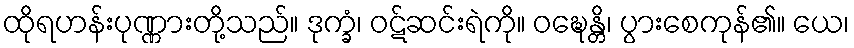
ထိုရဟန်းပုဏ္ဏားတို့သည်။ ဒုက္ခံ၊ ဝဋ်ဆင်းရဲကို။ ဝဍ္ဎေန္တိ၊ ပွားစေကုန်၏။ ယေ၊